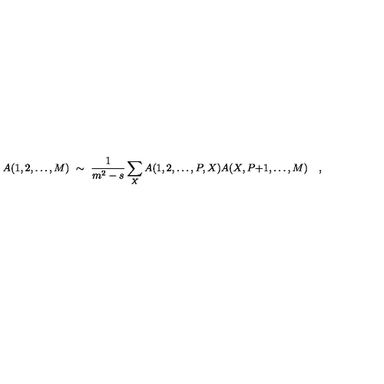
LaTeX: A ( 1 , 2 , \ldots , M ) \ \sim \ { \frac { 1 } { m ^ { 2 } - s } } \sum _ { X } A ( 1 , 2 , \ldots , P , X ) A ( X , P { + } 1 , \ldots , M ) \quad ,